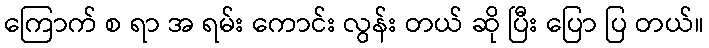
ကြောက် စ ရာ အ ရမ်း ကောင်း လွန်း တယ် ဆို ပြီး ပြော ပြ တယ်။